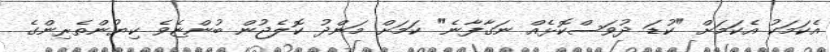
އެކަމަކު އެކަމަށް "ކުޑަ ދުވަސްކޮޅެއް ނަގާފާނެ" ކަމަށް މަންދު ކޮލެޖުން ބުންޏެވެ ކިޔުންތެރިންގެ